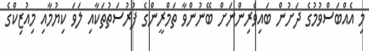
މި އެއްބަސްވުމުގެ ދަށުން ބައިވެރިންނަށް ބޭނުންވާ ތަމްރީންގެ ފުރުސަތުތަކާއި ލަވަ ކިޔުމާއި މިއުޒިކްގެ